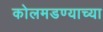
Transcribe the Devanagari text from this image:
कोलमडण्याच्या